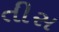
તીસ